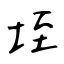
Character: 垤